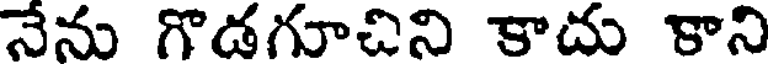
నేను గొడగూచిని కాదు కాని